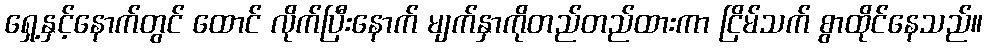
ရှေ့နှင့်နောက်တွင် ထောင် လိုက်ပြီးနောက် မျက်နှာကိုတည်တည်ထားကာ ငြိမ်သက် စွာထိုင်နေသည်။